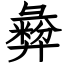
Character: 彜